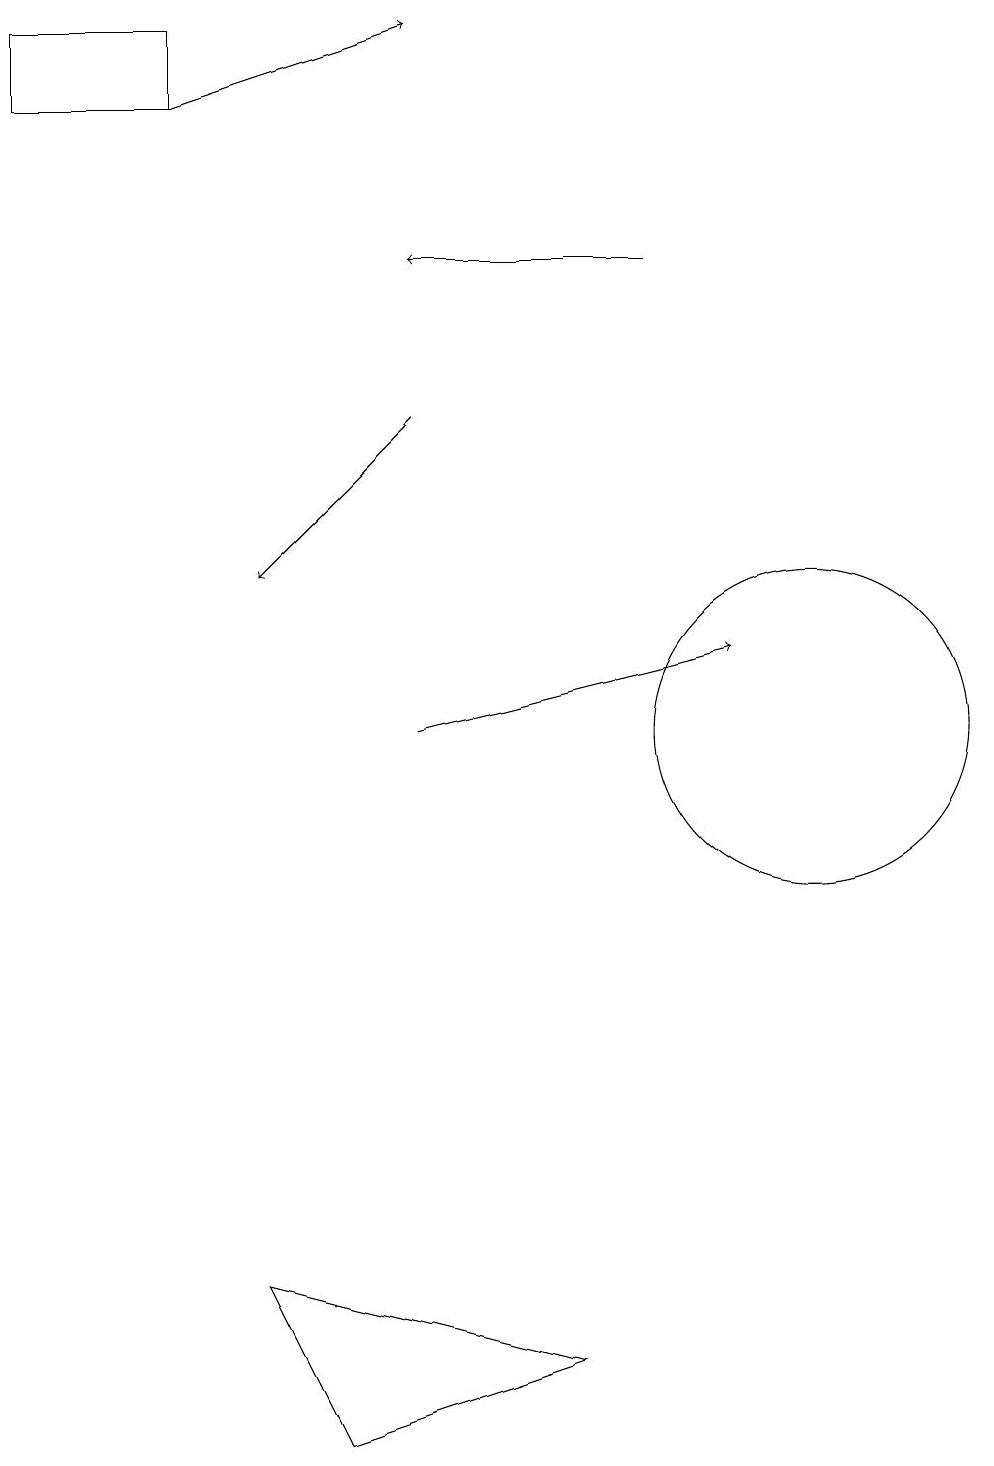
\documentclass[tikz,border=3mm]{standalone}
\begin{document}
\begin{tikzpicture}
\draw (11,11) circle (0);
\draw[->] (5,10) -- (9,11);
\draw (7,2) -- (3,3) -- (4,1) -- cycle;
\draw (10,10) circle (2);
\draw[->] (5,14) -- (3,12);
\draw[->] (2,18) -- (5,19);
\draw (0,19) rectangle (2,18);
\draw[->] (8,16) -- (5,16);
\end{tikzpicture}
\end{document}